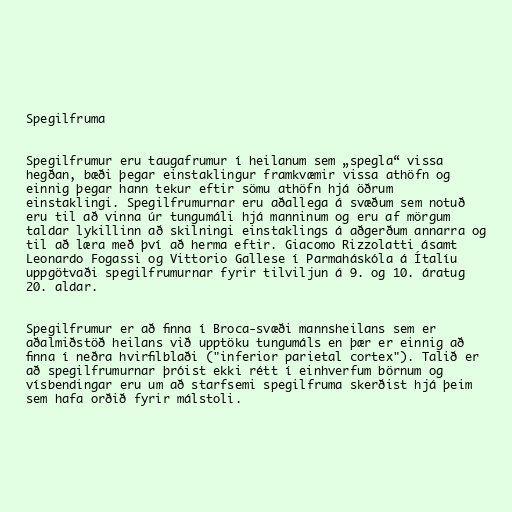
Spegilfruma

Spegilfrumur eru taugafrumur í heilanum sem „spegla“ vissa
hegðan, bæði þegar einstaklingur framkvæmir vissa athöfn og
einnig þegar hann tekur eftir sömu athöfn hjá öðrum
einstaklingi. Spegilfrumurnar eru aðallega á svæðum sem notuð
eru til að vinna úr tungumáli hjá manninum og eru af mörgum
taldar lykillinn að skilningi einstaklings á aðgerðum annarra og
til að læra með því að herma eftir. Giacomo Rizzolatti ásamt
Leonardo Fogassi og Vittorio Gallese í Parmaháskóla á Ítalíu
uppgötvaði spegilfrumurnar fyrir tilviljun á 9. og 10. áratug
20. aldar.

Spegilfrumur er að finna í Broca-svæði mannsheilans sem er
aðalmiðstöð heilans við upptöku tungumáls en þær er einnig að
finna í neðra hvirfilblaði ("inferior parietal cortex"). Talið er
að spegilfrumurnar þróist ekki rétt í einhverfum börnum og
vísbendingar eru um að starfsemi spegilfruma skerðist hjá þeim
sem hafa orðið fyrir málstoli.